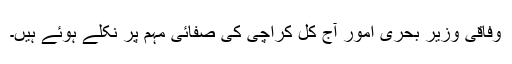
وفاقی وزیر بحری امور آج کل کراچی کی صفائی مہم پر نکلے ہوئے ہیں۔